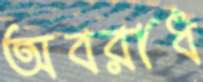
অবরাধ